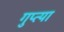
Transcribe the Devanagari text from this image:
गुप्त्या